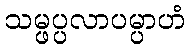
သမ္ဖပ္ပလာပမ္ပာဟံ